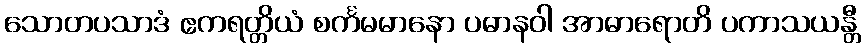
သောတပသာဒံ ဧကရတ္တိယံ စင်္ကမမာနော ပဓာနဝါ အာဓာရောတိ ပကာသယန္တီ